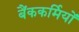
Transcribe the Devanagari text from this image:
बैंककर्मियों